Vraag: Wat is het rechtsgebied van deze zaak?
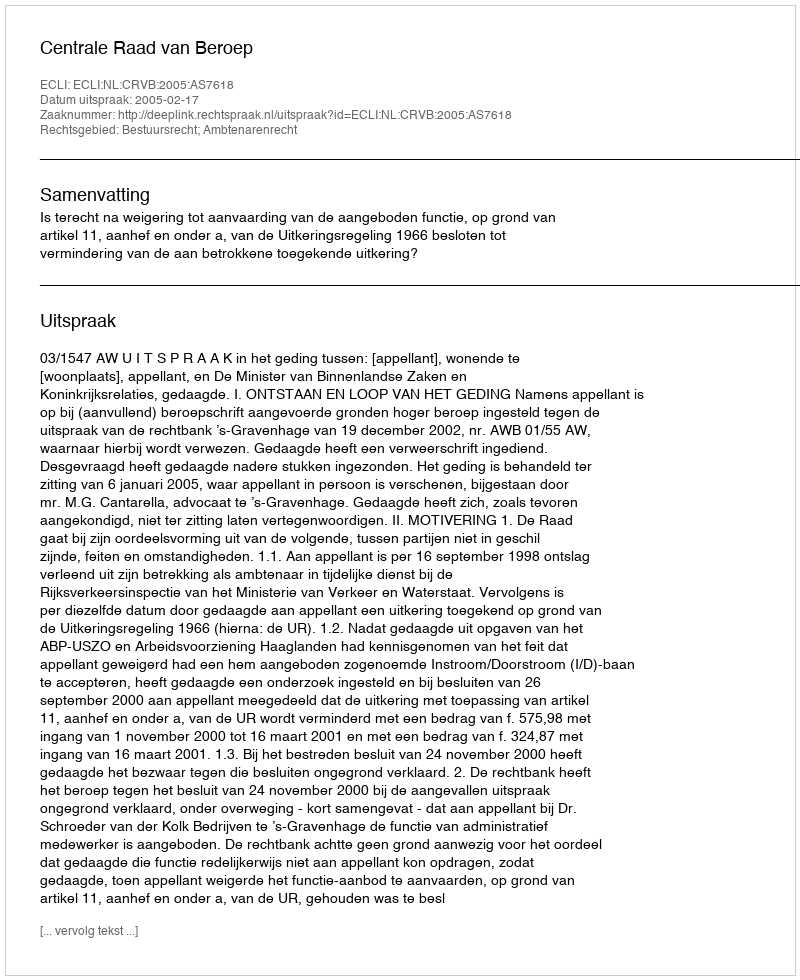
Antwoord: Bestuursrecht; Ambtenarenrecht